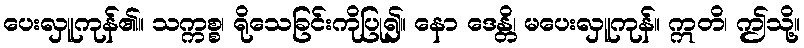
ပေးလှူကုန်၏။ သက္ကစ္စ၊ ရိုသေခြင်းကိုပြု၍။ နော ဒေန္တိ၊ မပေးလှူကုန်။ ဣတိ၊ ဤသို့။